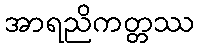
အာရညိကတ္တဿ